Vaccination in Bombay 1902-1912 - 1902-1912
Year: 1902
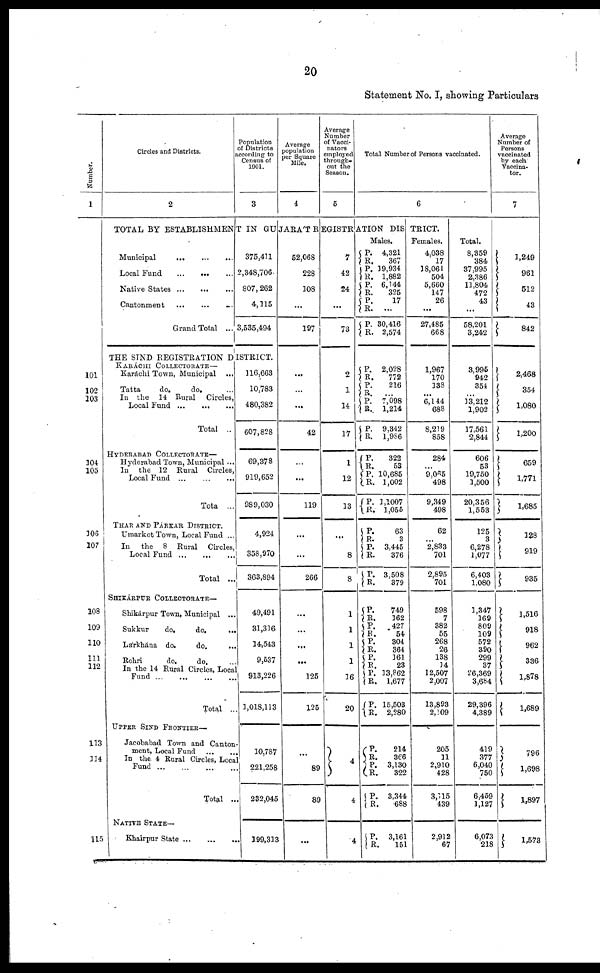
20
Statement No. I, showing Particulars
Number.
1
101
102
103
104
105
106
107
108
109
110
111
112
113
114
115
Circles and Districts.
2
Population
of Districts
according to
Census of
1901.
3
Average
population
per Square
Mile.
4
Average
Number
of Vacci¬
nators
employed
through-
out the
Season.
5
Total Number of Persons vaccinated.
6
Average
Number of
Persons
vaccinated
by each
Vaccina¬
tor.
7
TOTAL BY ESTABLISHMENT IN GUJARÁT REGISTATION DISTRICT.
Municipal
...
...
...
Local Fund
...
...
...
Native States
...
...
...
Cantonment
...
...
Grand Total ...
375,411
2,348,706
807, 262
4,115
3,535,494
THE SIND REGISTRATION DISTRICT.
KARÁCHI COLLECTORATE—
Karáchi Town, Municipal ...
Tatta
do.
do. ...
In the 14 Rural Circles,
Local Fund
...
...
...
Total ..
HYDERABAD COLLECTORATE—
Hyderabad Town, Municipal ...
In the 12 Rural Circles,
Local Fund
...
...
...
Tota ...
THAR AND PÁRKAR DISTRICT.
Umarkot Town, Local Fund ...
In
the 8 Rural Circles,
Local Fund
...
...
...
Total ...
SHIKÁRPUR COLLECTORATE—
Shikárpur Town, Municipal ...
Sukkur
do.
do.
...
Lárkhána do.
do. ...
Rohri
do.
do. ...
In the 14 Rural Circles, Local
Fund
...
...
...
...
Total ..
UPPER SIND FRONTIER—
Jacobabad Town and Canton¬
ment, Local Fund
...
...
In the 4 Rural Circle, Local
Fund ... ... ... ...
Total ...
NATIVE STATE—
Khairpur State
...
...
...
116,663
10,783
480,382
607,828
69,378
919,652
989,030
4,924
358,970
363,894
49,491
31,316
14,543
9,537
913,226
1,018,113
10,787
221,258
232,045
199,313
52,068
228
108
...
197
...
...
...
42
...
...
119
...
...
266
...
...
...
...
125
125
...
89
89
...
7
42
24
...
73
2
1
14
17
1
12
13
...
8
8
1
1
1
1
16
20
4
4
4
Males.
P.
R.
P.
R.
P. R.
P.
R.
P.
R.
4,321
367
19,934
1,882
6,144
325
17
...
30,416
2,574
P.
R.
P.
R.
P.
R.
P.
R.
P.
R.
P.
R.
P.
R.
P .
R.
P.
R.
P.
R.
P.
R.
P.
R.
P.
R. P.
R. P.
R.
P.
R.
P.
R.
P.
R.
P.
R.
2,028
772
216
...
7,098
1,214
9,342
1,986
322 53
10,685
1,002
1,1007
1,055
63
3
3,445
376
3,508
379
749
162
427
54
304
364
161
28
13,862
1,677
15,503
2,280
214
366
3,130
322
3,344
688
P.
R.
3,161
151
Females.
4,038
17
38,061
504
5,660
147
26
...
27,485
668
1,967
170
138
...
6,144
688
8,219
858
284 ...
9,065
498
9,349
498
62
...
2,833
701
2,895
701
598
7
382
55
268
26
138
14
12,507
2,007
13,893
2,109
205
11
2,910
428
3,115
439
2,912
67
Total.
8,359
384
37,995
2,386
11,804
472
43
...
58,201
3,242
3,995
942
354
...
13,212
1,902
17,561
2,844
606
53
19,750
1,500
20,356
1,553
125
3
6,278
1,077
6,403
1,080
1,347
169
809
109
572
390
299
37
26,369
3,684
29,396
4,389
419
377
6,040
750
6,459
1,127
6,073
218
1,249
961
512
43
842
2,468
354
1,080
1,200
659
1,771
1,685
128
919
935
1,516
918
962
336
1,878
1,689
796
1,698
1,897
1,573